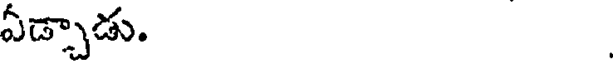
ఏడ్చాడు.